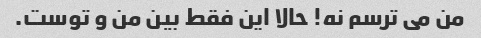
من می ترسم نه! حالا این فقط بین من و توست.